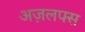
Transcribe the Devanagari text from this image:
अज़लफ्स